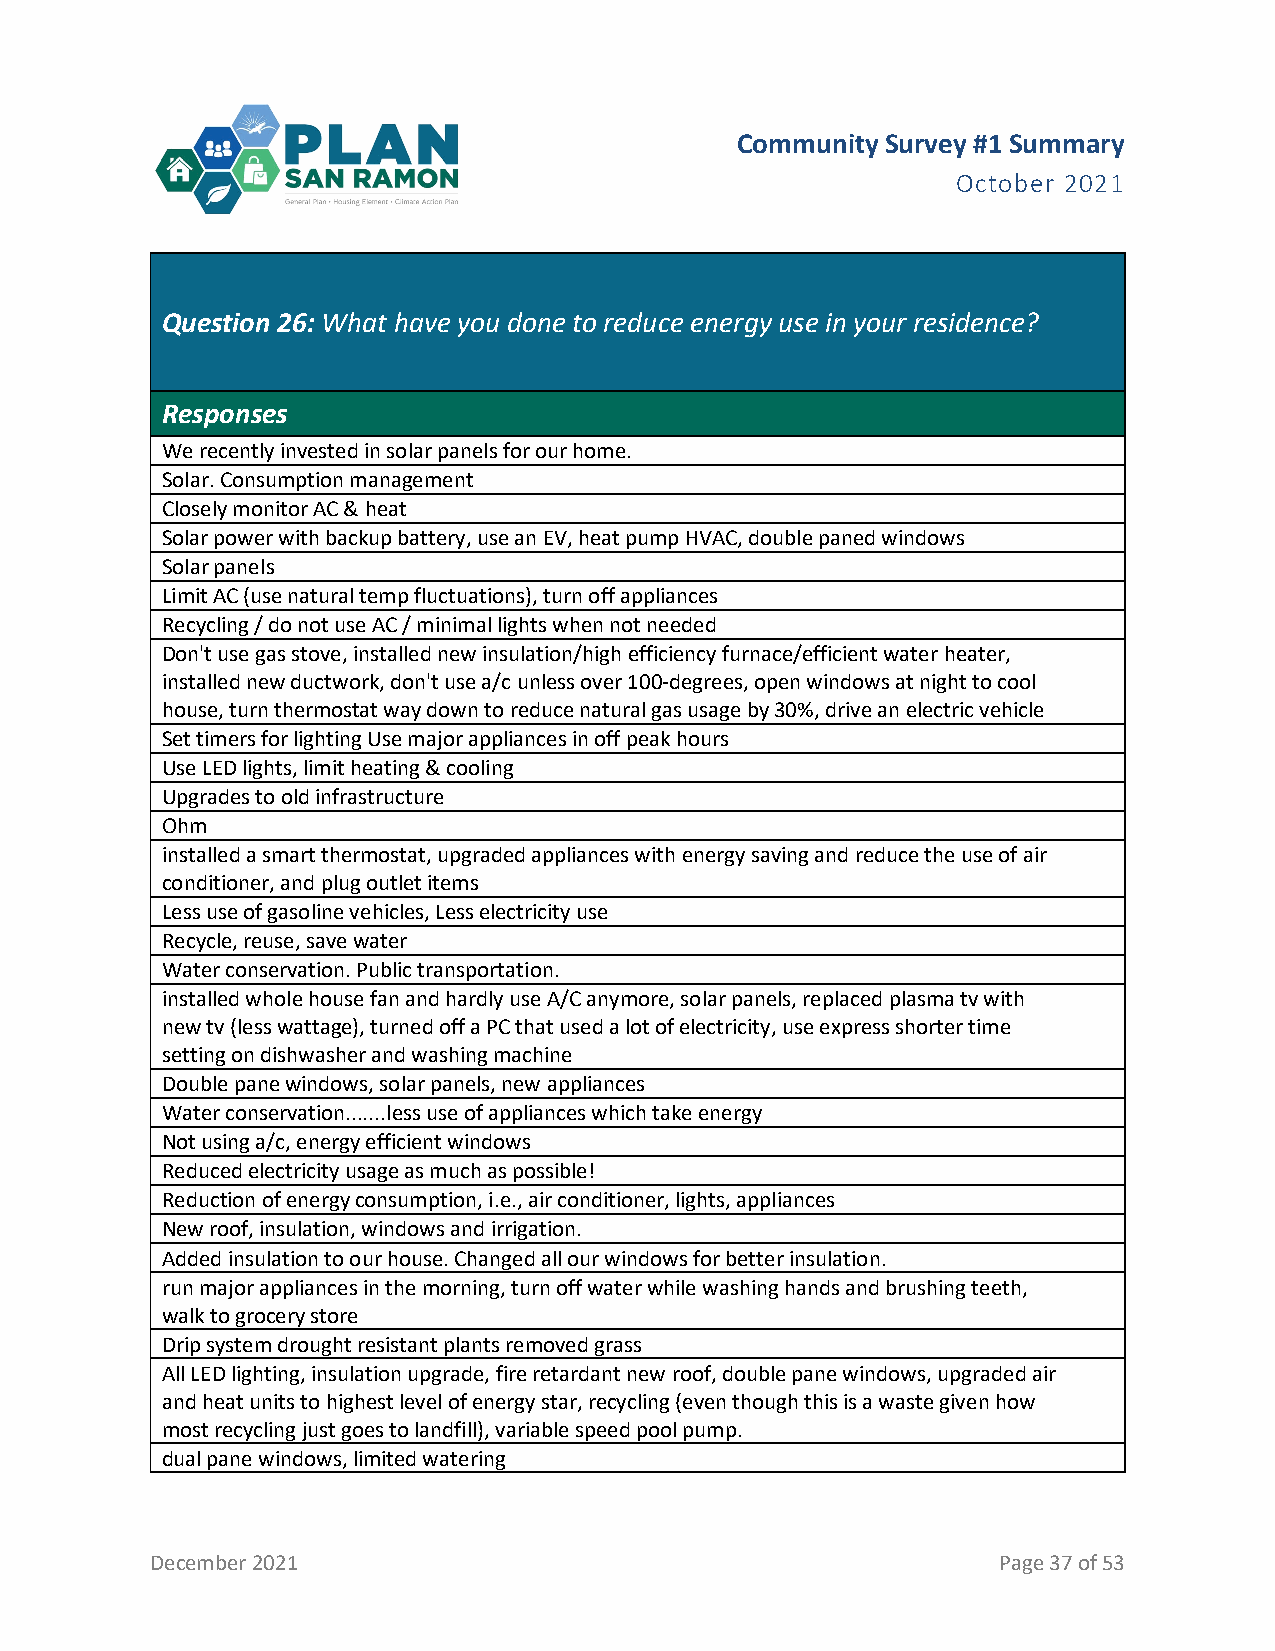
Community Survey #1 Summary
 October 2021
 Question 26: What have you done to reduce energy use in your residence?
 Responses
 We recently invested in solar panels for our home.
 Solar. Consumption management
 Closely monitor AC & heat
 Solar power with backup battery, use an EV, heat pump HVAC, double paned windows
 Solar panels
 Limit AC (use natural temp fluctuations), turn off appliances
 Recycling / do not use AC / minimal lights when not needed
 Don't use gas stove, installed new insulation/high efficiency furnace/efficient water heater,
 installed new ductwork, don't use a/c unless over 100-degrees, open windows at night to cool
 house, turn thermostat way down to reduce natural gas usage by 30%, drive an electric vehicle
 Set timers for lighting Use major appliances in off peak hours
 Use LED lights, limit heating & cooling
 Upgrades to old infrastructure
 Ohm
 installed a smart thermostat, upgraded appliances with energy saving and reduce the use of air
 conditioner, and plug outlet items
 Less use of gasoline vehicles, Less electricity use
 Recycle, reuse, save water
 Water conservation. Public transportation.
 installed whole house fan and hardly use A/C anymore, solar panels, replaced plasma tv with
 new tv (less wattage), turned off a PC that used a lot of electricity, use express shorter time
 setting on dishwasher and washing machine
 Double pane windows, solar panels, new appliances
 Water conservation.......less use of appliances which take energy
 Not using a/c, energy efficient windows
 Reduced electricity usage as much as possible!
 Reduction of energy consumption, i.e., air conditioner, lights, appliances
 New roof, insulation, windows and irrigation.
 Added insulation to our house. Changed all our windows for better insulation.
 run major appliances in the morning, turn off water while washing hands and brushing teeth,
 walk to grocery store
 Drip system drought resistant plants removed grass
 All LED lighting, insulation upgrade, fire retardant new roof, double pane windows, upgraded air
 and heat units to highest level of energy star, recycling (even though this is a waste given how
 most recycling just goes to landfill), variable speed pool pump.
 dual pane windows, limited watering
 December 2021                                           Page 37 of 53